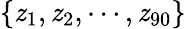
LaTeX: \{ \mathit{z}_{1},\mathit{z}_{2},\cdots,\mathit{z}_{90}\}